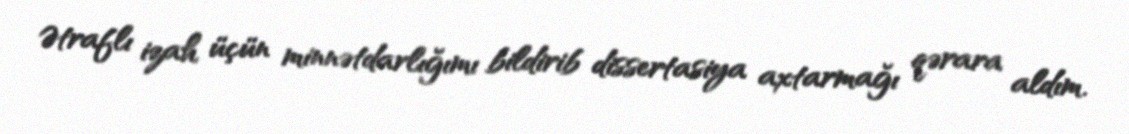
Ətraflı izah üçün minnətdarlığımı bildirib dissertasiya axtarmağı qərara aldım.